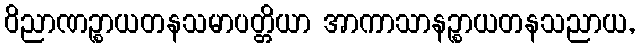
ဝိညာဏဉ္စာယတနသမာပတ္တိယာ အာကာသာနဉ္စာယတနသညာယ,